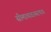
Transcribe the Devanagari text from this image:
सीमाव्यवस्थापक